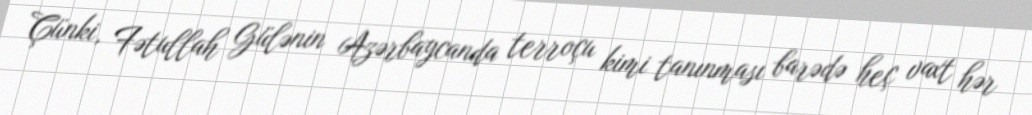
Çünki, Fətullah Gülənin Azərbaycanda terroçu kimi tanınması barədə heç vaxt hər